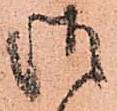
御